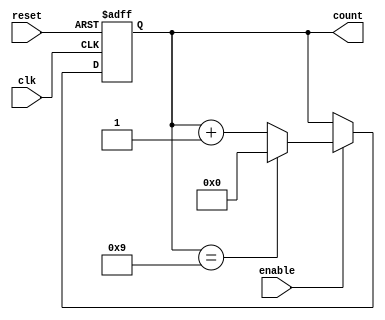
module decade_counter (
    input wire clk,          // Clock input
    input wire reset,        // Asynchronous reset input
    input wire enable,       // Enable signal
    output reg [3:0] count   // 4-bit output for the counter
);

// Always block triggered on the rising edge of the clock or reset
always @(posedge clk or posedge reset) begin
    if (reset) begin
        count <= 4'b0000;   // Reset the counter to 0
    end else if (enable) begin
        if (count == 4'b1001) begin
            count <= 4'b0000; // Reset to 0 after reaching 9
        end else begin
            count <= count + 1; // Increment the counter
        end
    end
end

endmodule